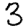
Digit: 3